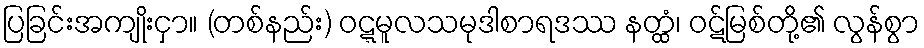
ပြခြင်းအကျိုးငှာ။ (တစ်နည်း) ဝဋ္ဋမူလသမုဒါစာရဒဿ နတ္ထံ၊ ဝဋ်မြစ်တို့၏ လွန်စွာ